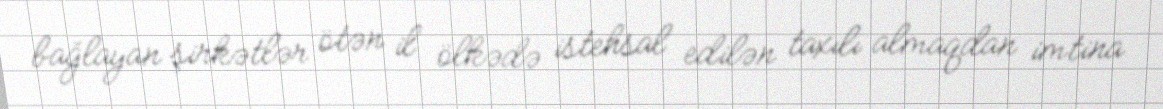
bağlayan şirkətlər ötən il ölkədə istehsal edilən taxılı almaqdan imtina